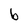
Character: b